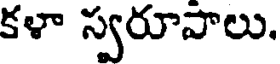
కళా స్వరూపాలు.